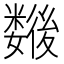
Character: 𢖖